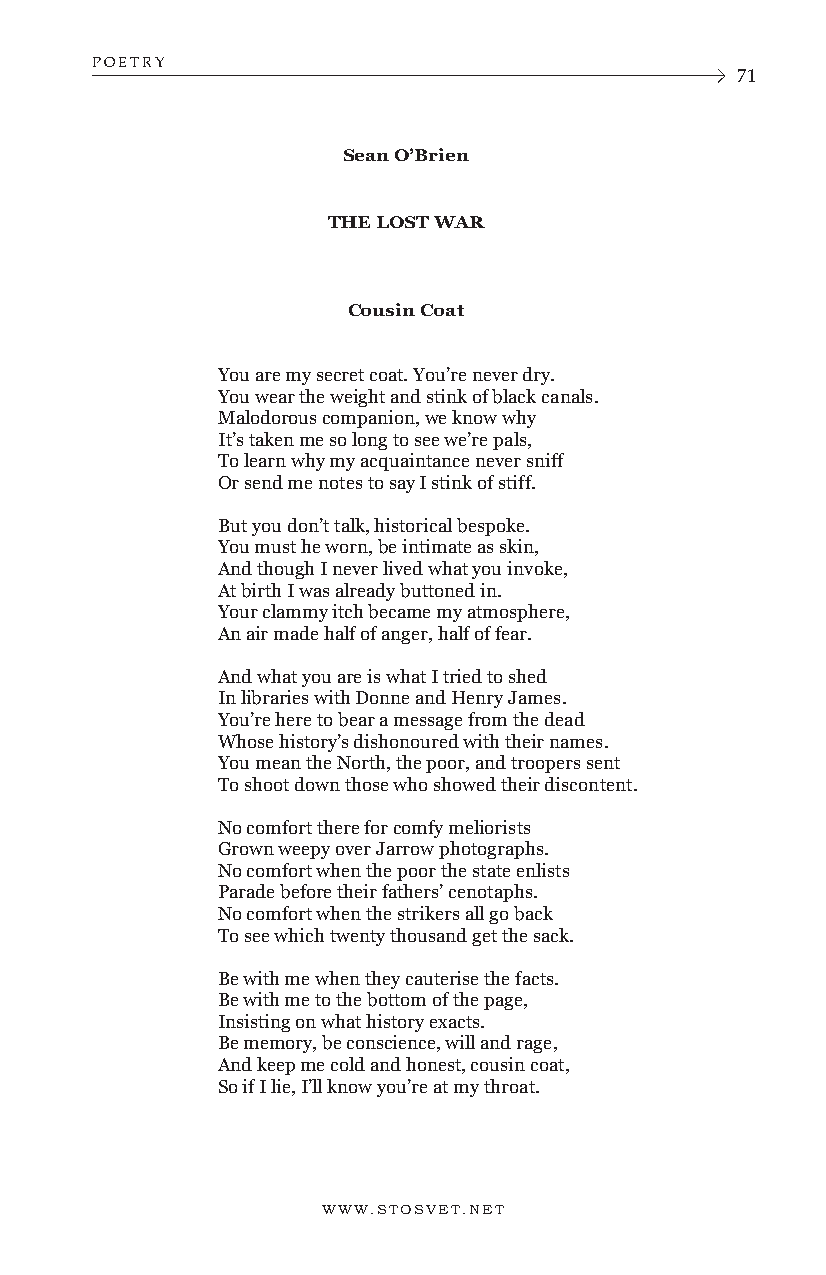
POETRY
 71
 Sean O’Brien
 THE LOST WAR
 Cousin Coat
 You are my secret coat. You’re never dry.
 You wear the weight and stink of black canals.
 Malodorous companion, we know why
 It’s taken me so long to see we’re pals,
 To learn why my acquaintance never sniff
 Or send me notes to say I stink of stiff.
 But you don’t talk, historical bespoke.
 You must he worn, be intimate as skin,
 And though I never lived what you invoke,
 At birth I was already buttoned in.
 Your clammy itch became my atmosphere,
 An air made half of anger, half of fear.
 And what you are is what I tried to shed
 In libraries with Donne and Henry James.
 You’re here to bear a message from the dead
 Whose history’s dishonoured with their names.
 You mean the North, the poor, and troopers sent
 To shoot down those who showed their discontent.
 No comfort there for comfy meliorists
 Grown weepy over Jarrow photographs.
 No comfort when the poor the state enlists
 Parade before their fathers’ cenotaphs.
 No comfort when the strikers all go back
 To see which twenty thousand get the sack.
 Be with me when they cauterise the facts.
 Be with me to the bottom of the page,
 Insisting on what history exacts.
 Be memory, be conscience, will and rage,
 And keep me cold and honest, cousin coat,
 So if I lie, I’ll know you’re at my throat.
 WWW.STOSVET.NET      WWW.STOSVET.NET